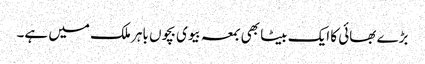
بڑے بھائی کا ایک بیٹا بھی بمعہ بیوی بچوں باہر ملک میں ہے۔